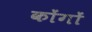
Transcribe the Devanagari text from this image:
कोंगों